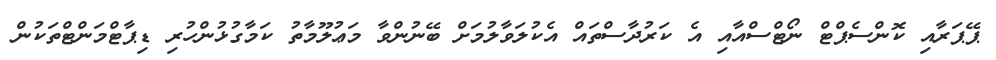
ޕޭޕަރާއި ކޮންސެޕްޓް ނޯޓްސްއާއި އެ ކަރުދާސްތައް އެކުލަވާލުމަށް ބޭނުންވާ މަޢުލޫމާތު ކަމާގުޅުންހުރި ޑިޕާޓްމަންޓްތަކުން